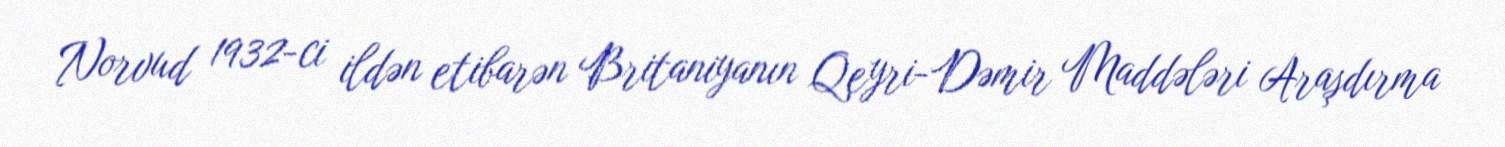
Norvud 1932-ci ildən etibarən Britaniyanın Qeyri-Dəmir Maddələri Araşdırma